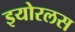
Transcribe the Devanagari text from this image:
इयोरलस